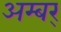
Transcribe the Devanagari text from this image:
अम्बर्